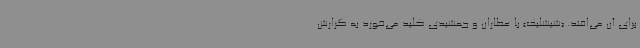
برای آن می‌افتد. «شیشلیک» با عطاران و جمشیدی کلید می‌خورد به گزارش